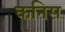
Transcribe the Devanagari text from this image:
कनिस